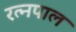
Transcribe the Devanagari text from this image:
रत्नपाल